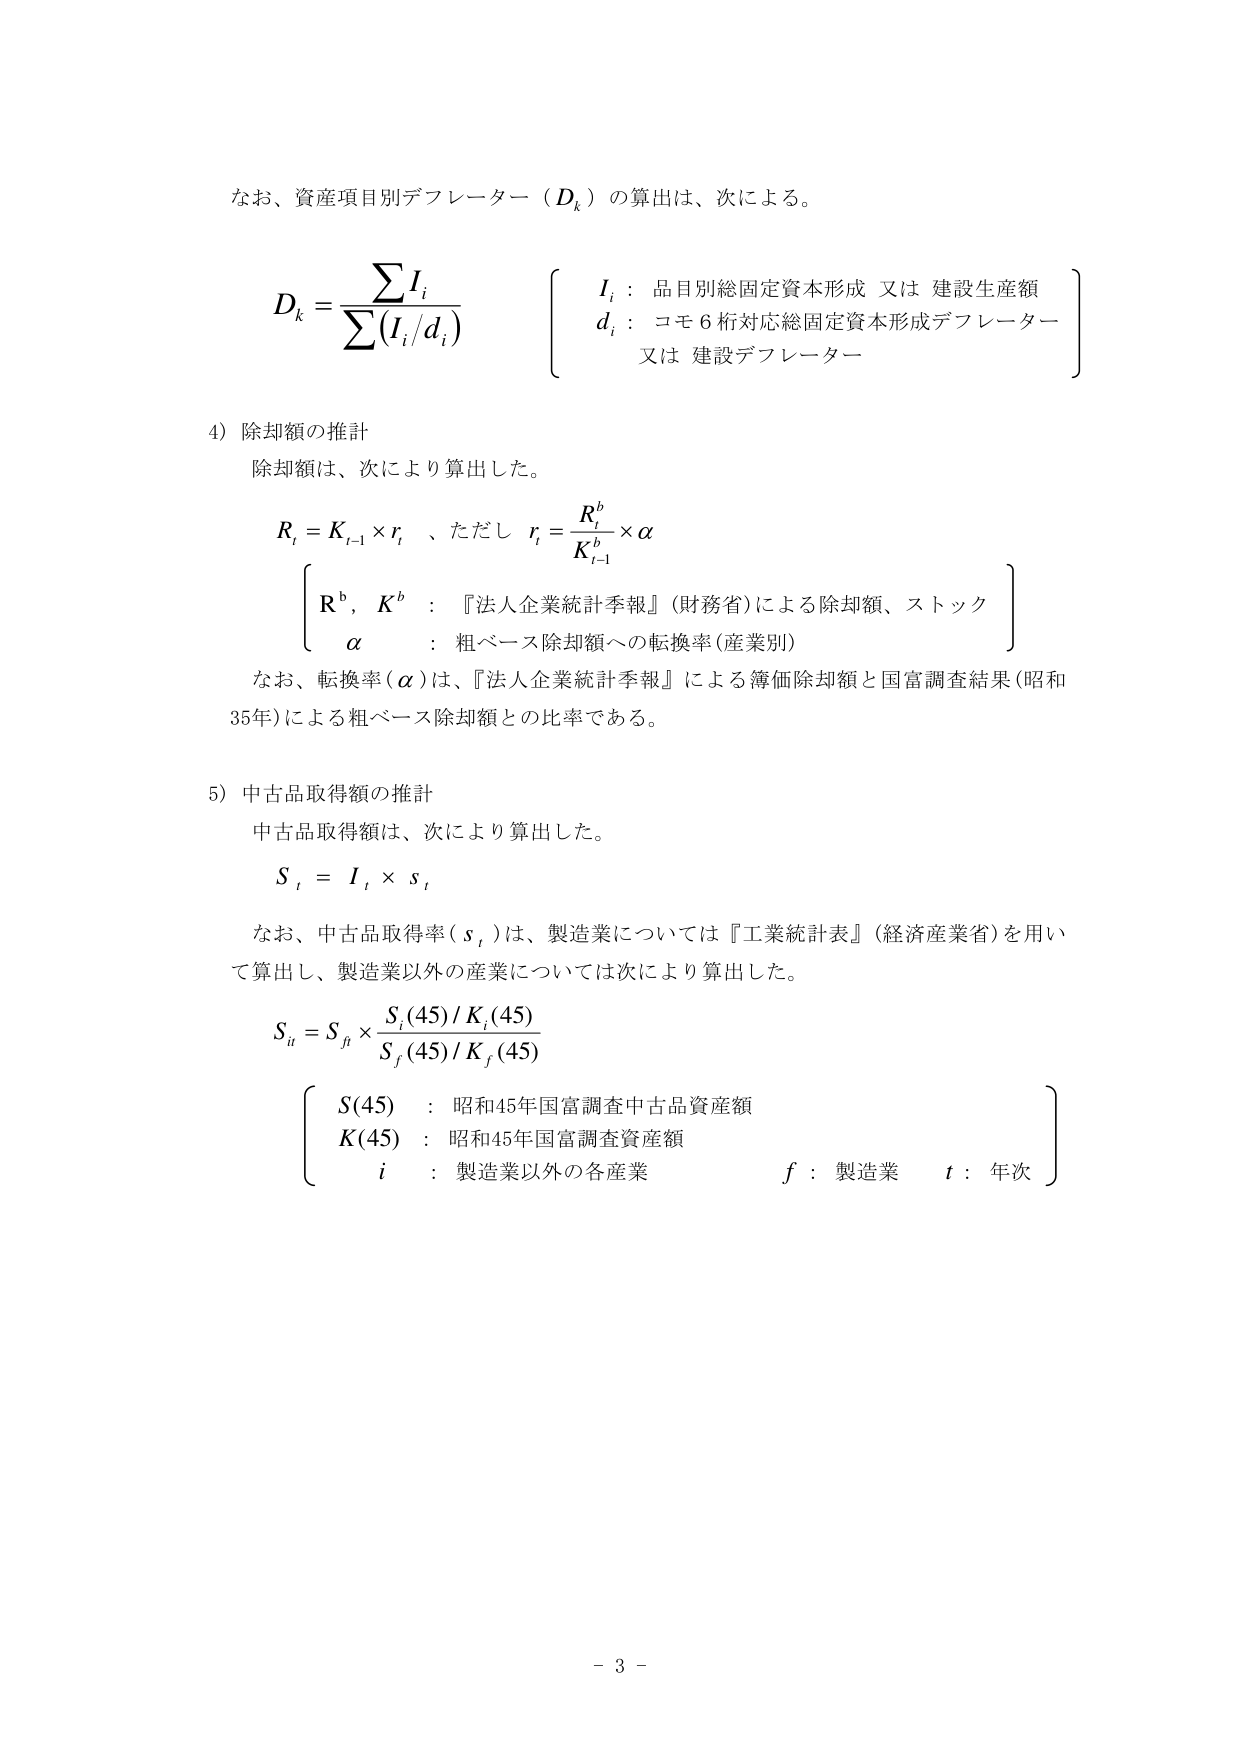
なお、資産項目別デフレーター（D_k）の算出は、次による。

D_k = ΣI_i / Σ(I_i / d_i)

{
  I_i : 品目別総固定資本形成 又は 建設生産額
  d_i : コモ6桁対応総固定資本形成デフレーター
        又は 建設デフレーター
}

4) 除却額の推計
除却額は、次により算出した。

R_t = K_{t-1} × r_t 、ただし r_t = R_t^b / K_{t-1}^b × α

{
  R^b, K^b : 『法人企業統計季報』(財務省)による除却額、ストック
  α       : 粗ベース除却額への転換率(産業別)
}

なお、転換率(α)は、『法人企業統計季報』による簿価除却額と国富調査結果(昭和35年)による粗ベース除却額との比率である。

5) 中古品取得額の推計
中古品取得額は、次により算出した。

S_t = I_t × s_t

なお、中古品取得率(s_t)は、製造業については『工業統計表』(経済産業省)を用いて算出し、製造業以外の産業については次により算出した。

S_{it} = S_{ft} × [S_i(45)/K_i(45)] / [S_f(45)/K_f(45)]

{
  S(45) : 昭和45年国富調査中古品資産額
  K(45) : 昭和45年国富調査資産額
  i     : 製造業以外の各産業
  f     : 製造業
  t     : 年次
}

- 3 -